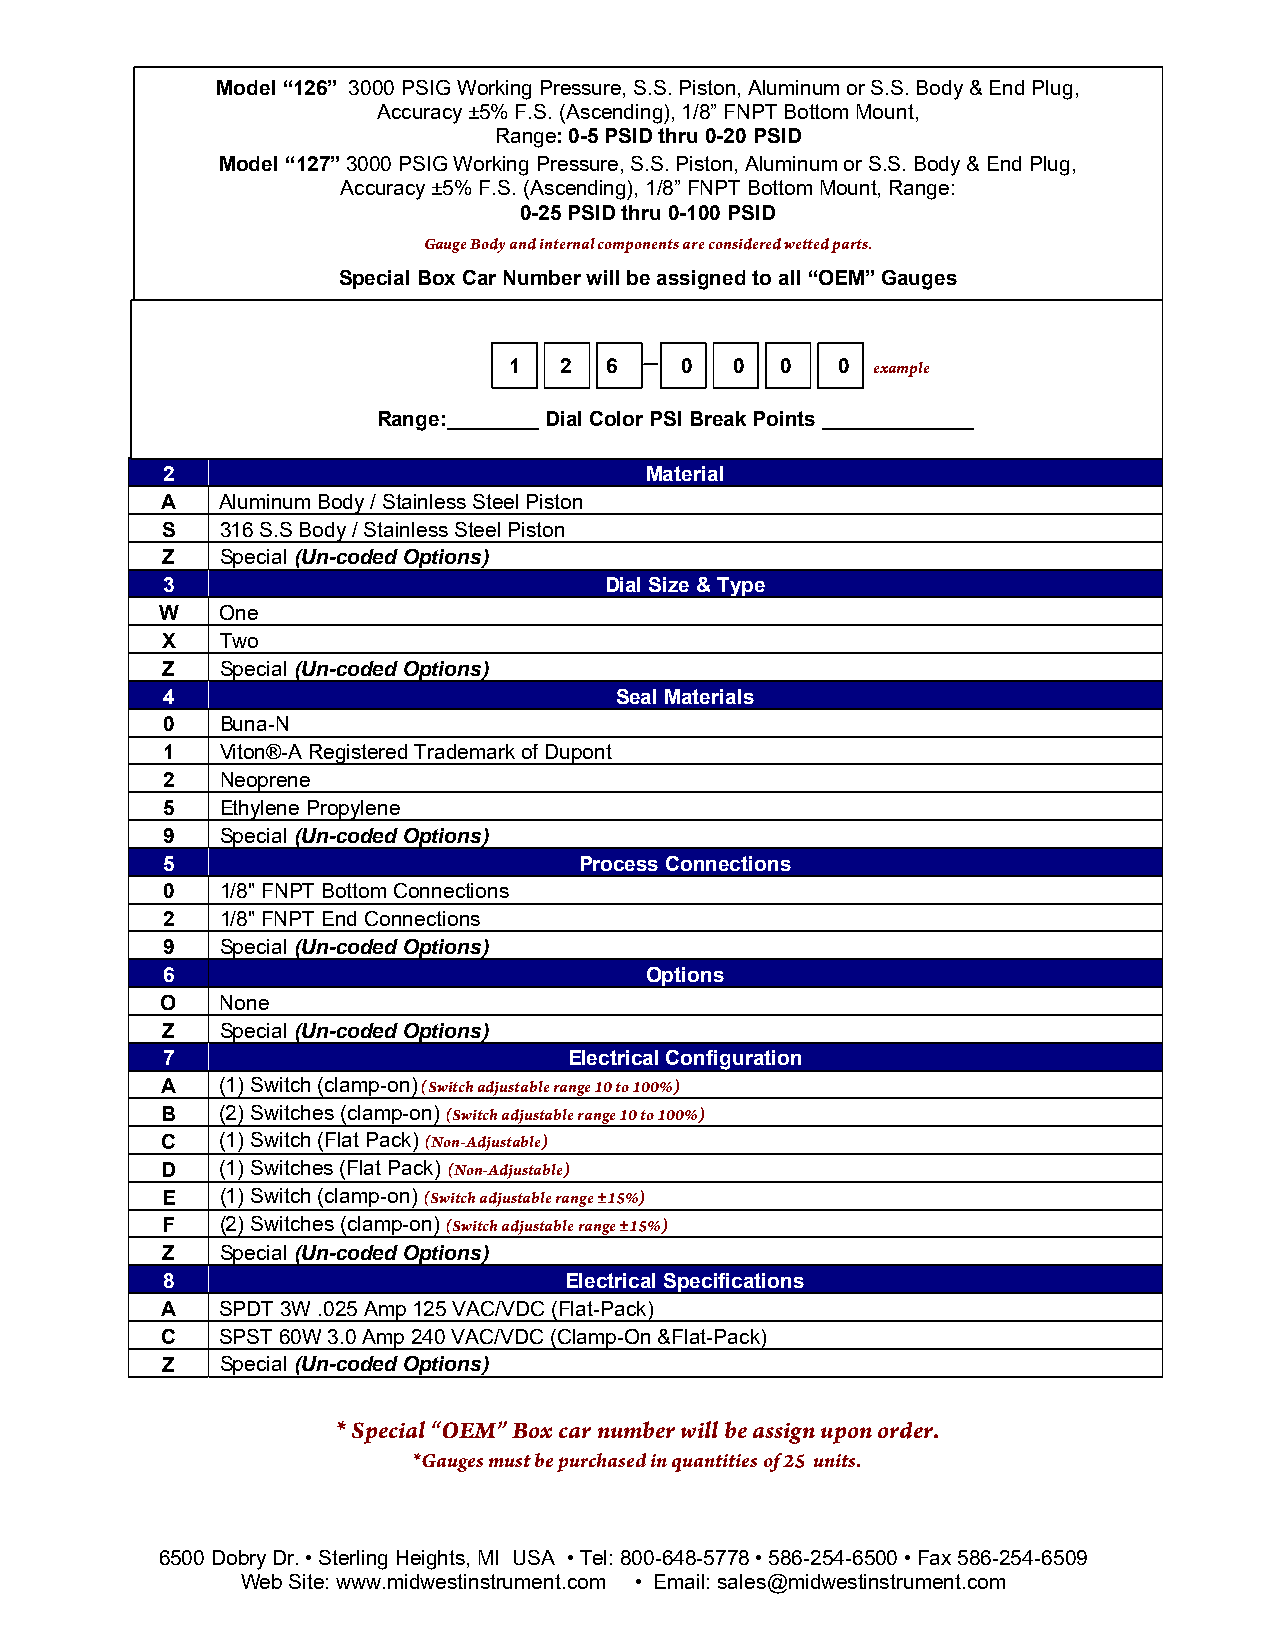
Model “126” 3000 PSIG Working Pressure, S.S. Piston, Aluminum or S.S. Body & End Plug,
 Accuracy ±5% F.S. (Ascending), 1/8” FNPT Bottom Mount,
 Range: 0-5 PSID thru 0-20 PSID
 Model “127” 3000 PSIG Working Pressure, S.S. Piston, Aluminum or S.S. Body & End Plug,
 Accuracy ±5% F.S. (Ascending), 1/8” FNPT Bottom Mount, Range:
 0-25 PSID thru 0-100 PSID
 Gauge Body and internal components are considered wetted parts.
 Special Box Car Number will be assigned to all “OEM” Gauges
 1  2  6    0   0  0   0 example
 Range:________ Dial Color PSI Break Points _____________
 2                               Material
 A   Aluminum Body / Stainless Steel Piston
 S   316 S.S Body / Stainless Steel Piston
 Z   Special (Un-coded Options)
 3                            Dial Size & Type
 W   One
 X   Two
 Z   Special (Un-coded Options)
 4                             Seal Materials
 0   Buna-N
 1   Viton®-A Registered Trademark of Dupont
 2   Neoprene
 5   Ethylene Propylene
 9   Special (Un-coded Options)
 5                          Process Connections
 0   1/8" FNPT Bottom Connections
 2   1/8" FNPT End Connections
 9   Special (Un-coded Options)
 6                               Options
 O   None
 Z   Special (Un-coded Options)
 7                          Electrical Configuration
 A   (1) Switch (clamp-on) (Switch adjustable range 10 to 100%)
 B   (2) Switches (clamp-on) (Switch adjustable range 10 to 100%)
 C   (1) Switch (Flat Pack) (Non-Adjustable)
 D   (1) Switches (Flat Pack) (Non-Adjustable)
 E   (1) Switch (clamp-on) (Switch adjustable range ±15%)
 F   (2) Switches (clamp-on) (Switch adjustable range ±15%)
 Z   Special (Un-coded Options)
 8                         Electrical Specifications
 A   SPDT 3W .025 Amp 125 VAC/VDC (Flat-Pack)
 C   SPST 60W 3.0 Amp 240 VAC/VDC (Clamp-On &Flat-Pack)
 Z   Special (Un-coded Options)
 * Special “OEM” Box car number will be assign upon order.
 *Gauges must be purchased in quantities of 25 units.
 6500 Dobry Dr. • Sterling Heights, MI USA • Tel: 800-648-5778 • 586-254-6500 • Fax 586-254-6509
 Web Site: www.midwestinstrument.com • Email: sales@midwestinstrument.com